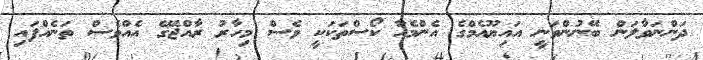
ދަންނަވާލަން ބޭނުންވަނީ އައިޔޫއެމްގެ އެންމެހާ ކޯސްތަކަކީ ވެސް މިހާރު ރާއްޖޭގެ އެއްވެސް ތަނެއްފައި